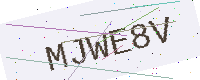
Text: MJWE8V